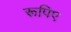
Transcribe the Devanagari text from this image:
रूपिए